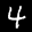
Label: 4